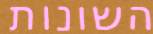
השונות